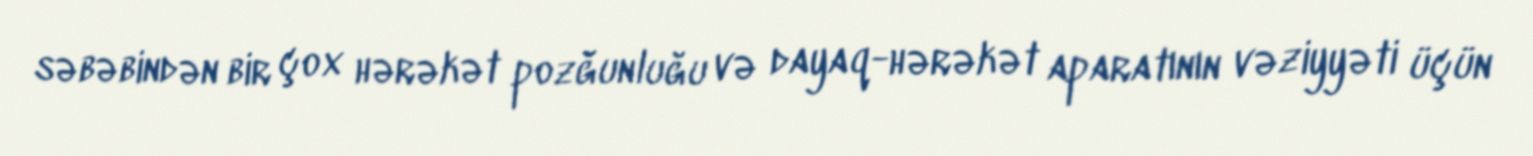
səbəbindən bir çox hərəkət pozğunluğu və dayaq-hərəkət aparatının vəziyyəti üçün